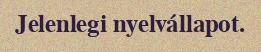
Jelenlegi nyelvállapot.